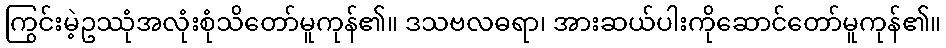
ကြွင်းမဲ့ဥဿုံအလုံးစုံသိတော်မူကုန်၏။ ဒသဗလဓရာ၊ အားဆယ်ပါးကိုဆောင်တော်မူကုန်၏။